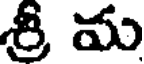
శ్రీ మ